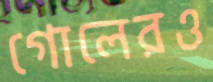
গোলেরও